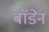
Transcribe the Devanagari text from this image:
बाॅडेन